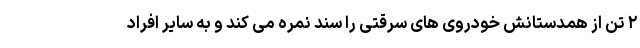
۲ تن از همدستانش خودروی های سرقتی را سند نمره می کند و به سایر افراد